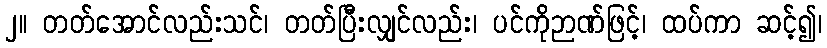
၂။ တတ်အောင်လည်းသင်၊ တတ်ပြီးလျှင်လည်း၊ ပင်ကိုဉာဏ်ဖြင့်၊ ထပ်ကာ ဆင့်၍၊